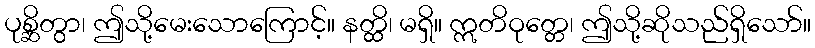
ပုစ္ဆိတွာ၊ ဤသို့မေးသောကြောင့်။ နတ္ထိ၊ မရှိ။ ဣတိဝုတ္တေ၊ ဤသို့ဆိုသည်ရှိသော်။